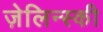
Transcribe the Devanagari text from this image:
ज़ेलिन्स्की